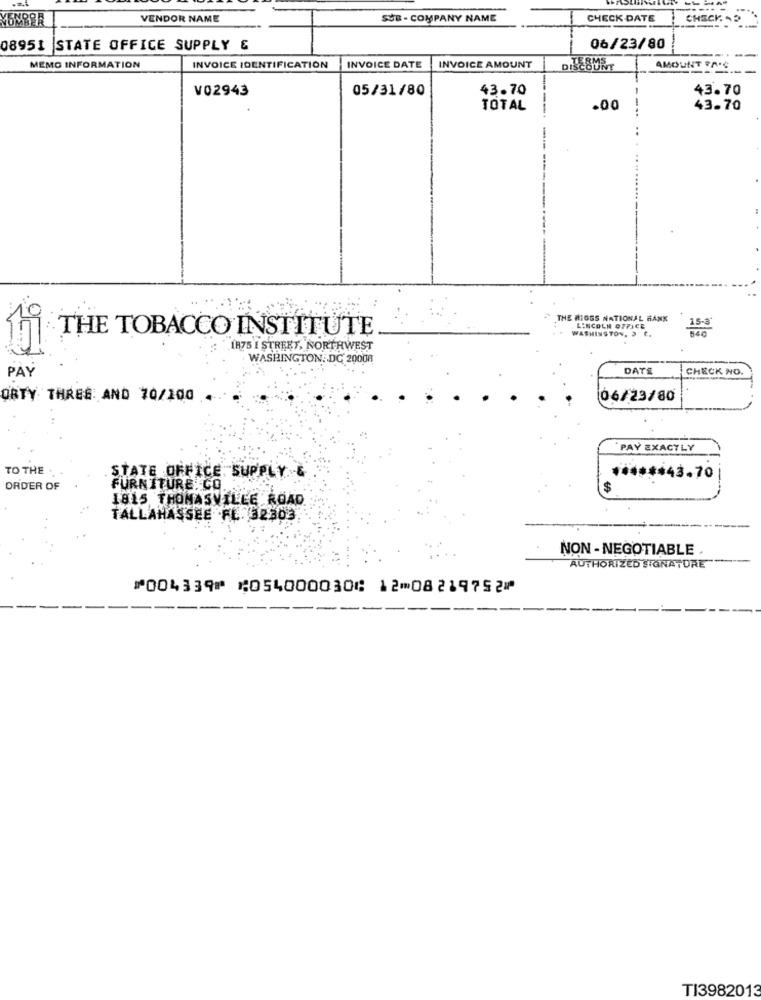
-
VENDOR NAME
SUB - COMPANY NAME
CHECK DATE
CHECK -D
08951 STATE OFFICE SUPPLY &
06/23/80
MEMO INFORMATION
INVOICE IDENTIFICATION
INVOICE DATE
INVOICE AMOUNT
AMOUNT FA.C
V02943
05/31/80
43.70
43.70
TOTAL
.00
43.70
THE RIGGS NATIONAL BANK
WASHINGTON, 2 C.
LINCOLN OFFICE
THE TOBACCO INSTITUTE
1875 1 STREET, NORTHWEST
WASHINGTON :. DG 20008
DATE
CHECK NO.
PAY
ORTY THRES AND 70/100
06/23/80
PAY EXACTLY
TO THE
STATE OFFICE SUPPLY
****** 43.70
ORDER OF
FURNITURE. CO.
$
1815 THOMASVILLE ROAD
TALLAHASSEE FL. 32303
NON- NEGOTIABLE .
AUTHORIZED SIGNATURE
⑈004339⑈ ⑆054000030⑆ 12⑉08219752⑈
TI3982013